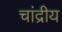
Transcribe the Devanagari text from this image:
चांद्रीय